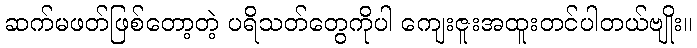
ဆက်မဖတ်ဖြစ်တော့တဲ့ ပရိသတ်တွေကိုပါ ကျေးဇူးအထူးတင်ပါတယ်ဗျိုး။